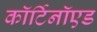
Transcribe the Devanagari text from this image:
कॉर्टिनॉएड